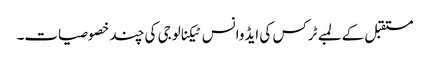
مستقبل کے لمبے ٹرکس کی ایڈوانس ٹیکنالوجی کی چند خصوصیات۔